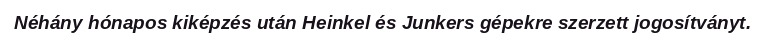
Néhány hónapos kiképzés után Heinkel és Junkers gépekre szerzett jogosítványt.